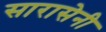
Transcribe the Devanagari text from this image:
सारासेनी